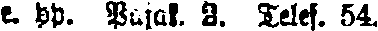
e. pp. Pajak. 3. Telef. 54.